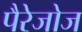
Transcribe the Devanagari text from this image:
पैरेजोज